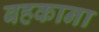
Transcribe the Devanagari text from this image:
बहकाना